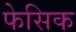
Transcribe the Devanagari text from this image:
फेसिक